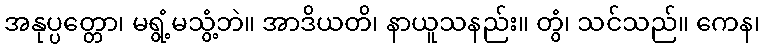
အနုပ္ပတ္တော၊ မရွံ့မသွံ့ဘဲ။ အာဒိယတိ၊ နာယူသနည်း။ တွံ၊ သင်သည်။ ကေန၊